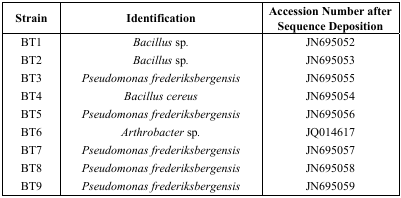
| Strain | Identification | Accession Number after Sequence Deposition |
 | --- | --- | --- |
 | BT1 | Bacillus sp. | JN695052 |
 | BT2 | Bacillus sp. | JN695053 |
 | BT3 | Pseudomonas frederiksbergensis | JN695055 |
 | BT4 | Bacillus cereus | JN695054 |
 | BT5 | Pseudomonas frederiksbergensis | JN695056 |
 | BT6 | Arthrobacter sp. | JQ014617 |
 | BT7 | Pseudomonas frederiksbergensis | JN695057 |
 | BT8 | Pseudomonas frederiksbergensis | JN695058 |
 | BT9 | Pseudomonas frederiksbergensis | JN695059 |